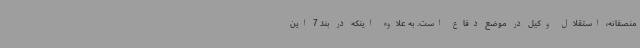
منصفانه، استقلال وکیل در موضع دفاع است. به علاوه اینکه در بند 7 این